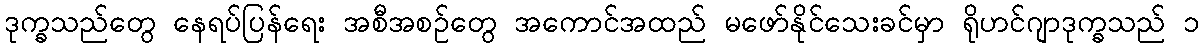
ဒုက္ခသည်တွေ နေရပ်ပြန်ရေး အစီအစဉ်တွေ အကောင်အထည် မဖော်နိုင်သေးခင်မှာ ရိုဟင်ဂျာဒုက္ခသည် ၁